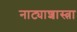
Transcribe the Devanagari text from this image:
नाट्याशास्त्रा